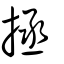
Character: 拯